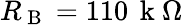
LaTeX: R_{\mathrm{~B~}}=110\, \mathrm{~k~}\Omega